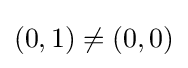
(0,1)\neq (0,0)